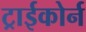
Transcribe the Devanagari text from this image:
ट्राईकोर्न